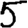
Digit: 5